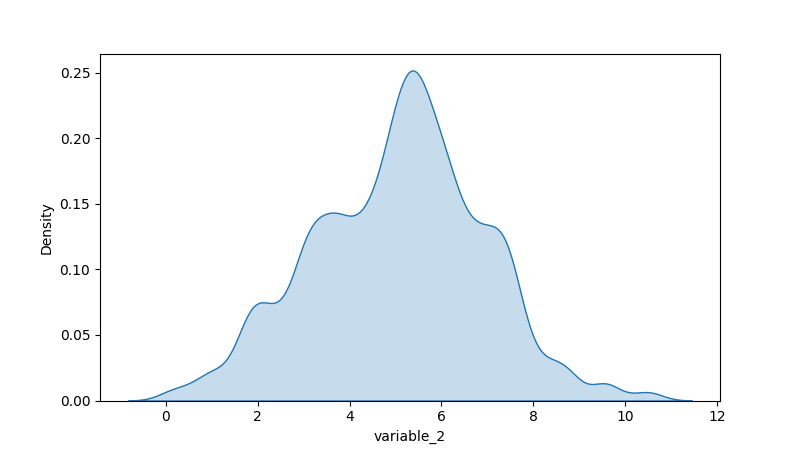
python, seaborn, kdeplot, hue='None', fill=True, bw_adjust=0.5